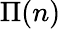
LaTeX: \Pi(n)